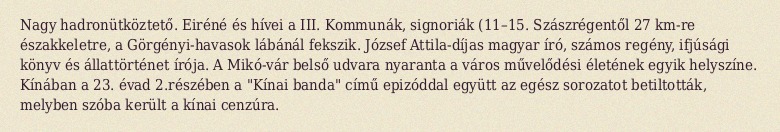
Nagy hadronütköztető. Eiréné és hívei a III. Kommunák, signoriák (11–15. Szászrégentől 27 km-re északkeletre, a Görgényi-havasok lábánál fekszik. József Attila-díjas magyar író, számos regény, ifjúsági könyv és állattörténet írója. A Mikó-vár belső udvara nyaranta a város művelődési életének egyik helyszíne. Kínában a 23. évad 2.részében a "Kínai banda" című epizóddal együtt az egész sorozatot betiltották, melyben szóba került a kínai cenzúra.